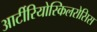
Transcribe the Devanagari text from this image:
आर्टीरियोस्किलरोसिस